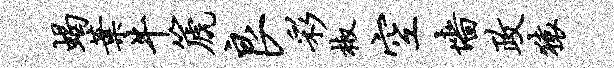
蝎叶牛篪良彩椒空墙政猿